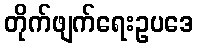
တိုက်ဖျက်ရေးဥပဒေ